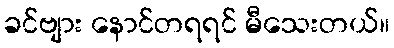
ခင်ဗျား နောင်တရရင် မီသေးတယ်။